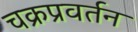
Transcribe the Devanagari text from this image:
चक्रप्रवर्तन